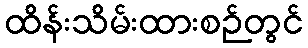
ထိန်းသိမ်းထားစဉ်တွင်